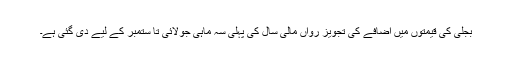
بجلی کی قیمتوں میں اضافے کی تجویز رواں مالی سال کی پہلی سہ ماہی جولائی تا ستمبر کے لیے دی گئی ہے۔